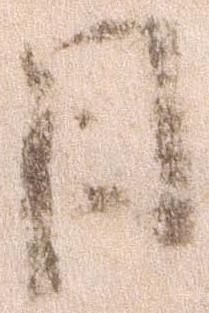
日